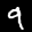
Label: 9